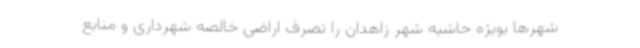
شهرها بویژه حاشیه شهر زاهدان را تصرف اراضی خالصه شهرداری و منابع